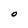
Character: O